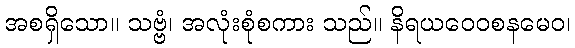
အစရှိသော။ သဗ္ဗံ၊ အလုံးစုံစကား သည်။ နိရယဝေဝစနမေဝ၊